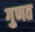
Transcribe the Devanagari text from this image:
गुणत